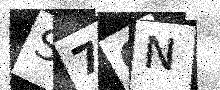
Text: S7CN